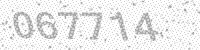
Solution: 067714